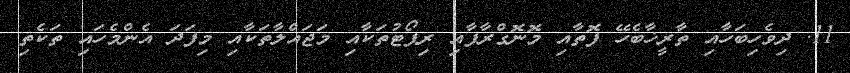
11. ދިވެހިބަހާއި ތާރީޚާބެހޭ ފޮތާއި މޮނޮގްރާފާއި ރިޕޯޓުތަކާއި މަޖައްލާތަކާއި މިފަދަ އެންމެހައި ތަކެތި